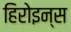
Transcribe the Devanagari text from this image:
हिरोइन्स